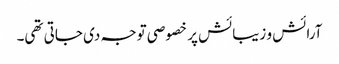
آرائش و زیبائش پر خصوصی توجہ دی جاتی تھی۔